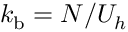
k _ { \mathrm { b } } = N / U _ { h }